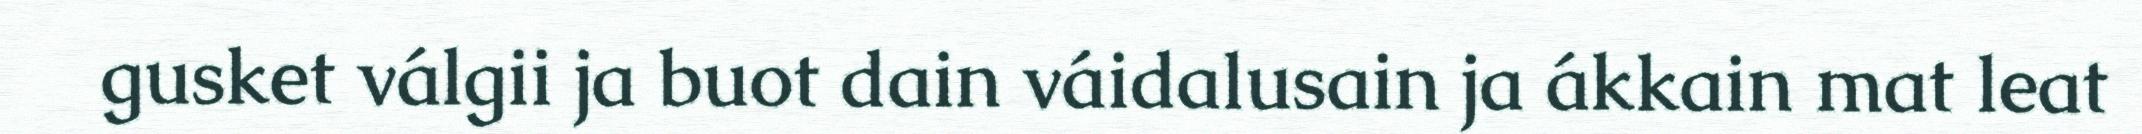
gusket válgii ja buot dain váidalusain ja ákkain mat leat